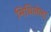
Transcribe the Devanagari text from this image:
मिथिलेला